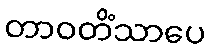
တာဝတိံသာပေ